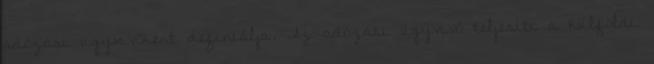
adózási ügyvivőként definiálja. Az adózási ügyvivő teljesíti a külföldi